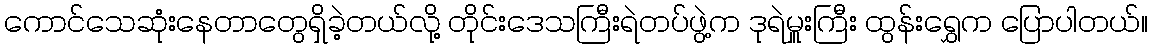
ကောင်သေဆုံးနေတာတွေရှိခဲ့တယ်လို့ တိုင်းဒေသကြီးရဲတပ်ဖွဲ့က ဒုရဲမှူးကြီး ထွန်းရွှေက ပြောပါတယ်။